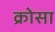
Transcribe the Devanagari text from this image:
क्रोसा